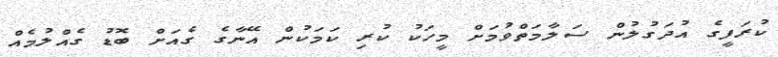
ކުރަފީގެ އުދަގުލުން ސަލާމަތްވުމަށް މީހަކު ކުރި ކަމަކުން އޭނާގެ ގެއަށް ބޮޑު ގެއްލުމެއް